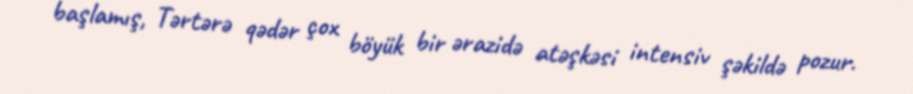
başlamış, Tərtərə qədər çox böyük bir ərazidə atəşkəsi intensiv şəkildə pozur.